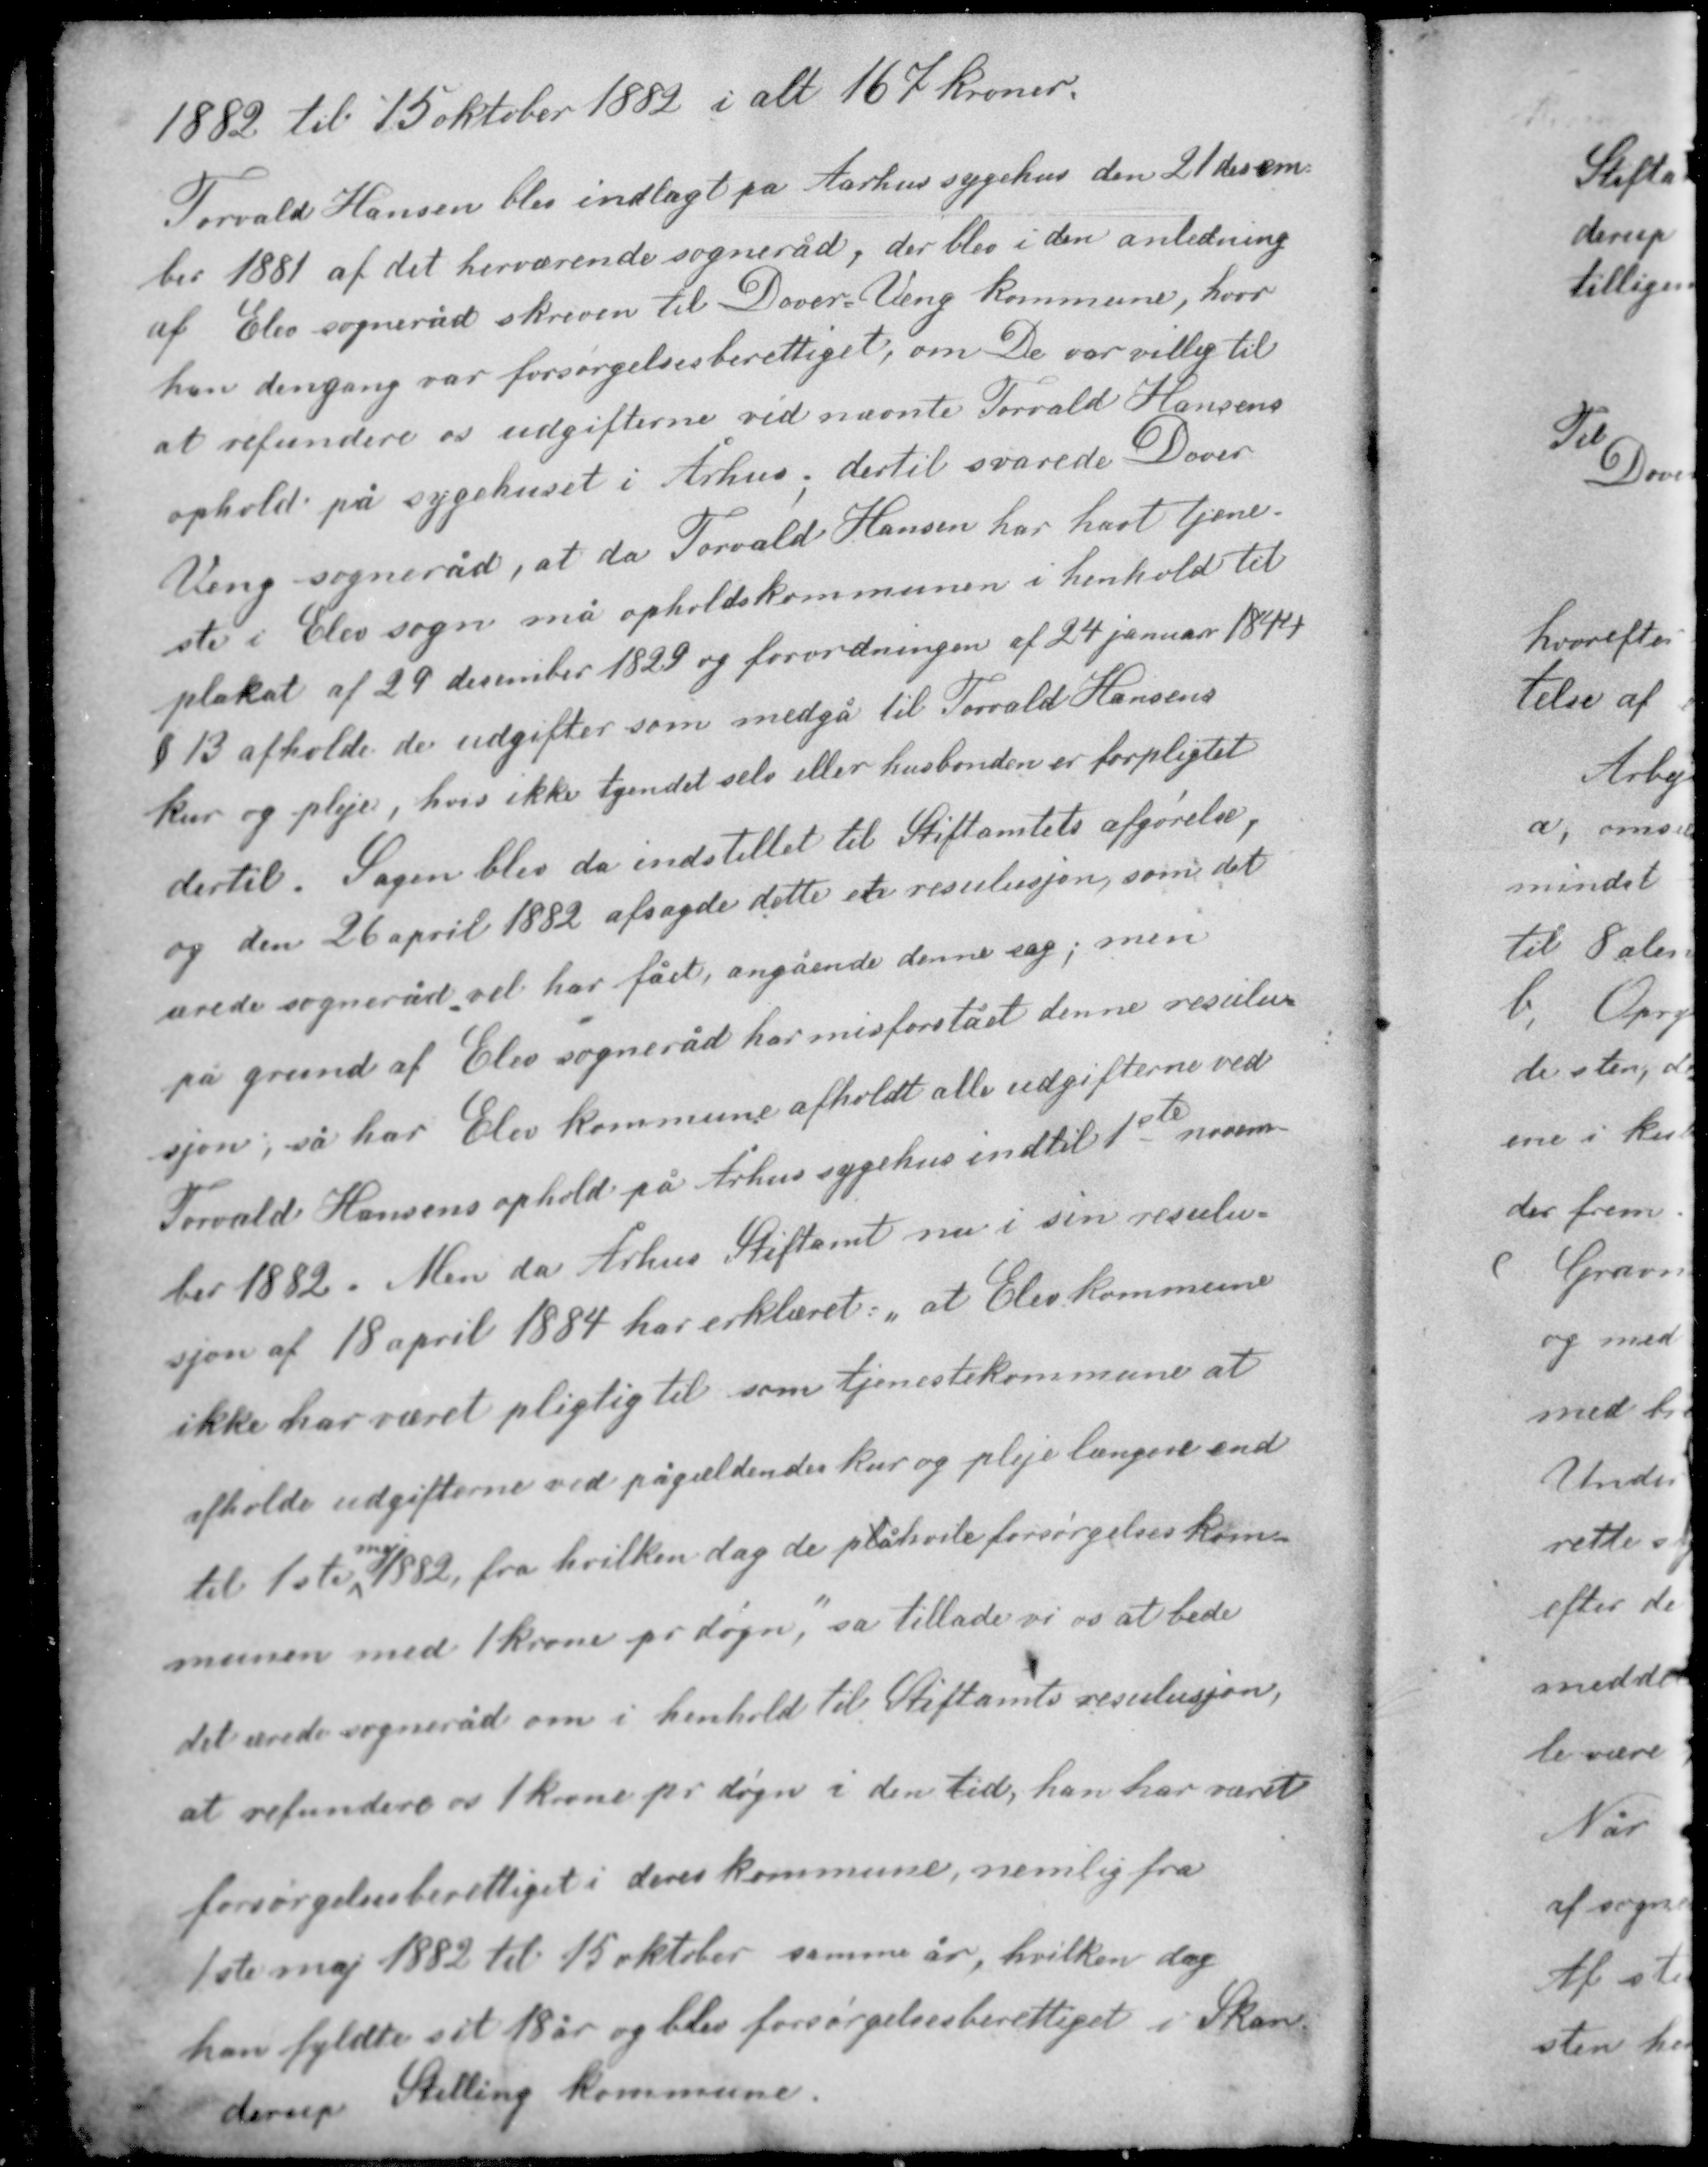
Transskription:
1882 til 15 oktober 1882 i alt 167 kroner.

Torvald Hansen blev indlagt på Aarhus sygehus den 21 decem-
ber 1881 af det herværende sogneråd, der blev i den anledning
af Elev sogneråd skreven til Dover-Veng kommune, hvor
han dengang var forsørgelsesberettiget, om De var villig til
at refundere os udgifterne ved nævnte Torvald Hansens
ophold på sygehuset i Århus, dertil svarede Dover-

Veng sogneråd, at da Torvald Hansen har havt tjene-
ste i Elev sogn må opholdskommunen i henhold til
plakat af 29 december 1829 og forordningen af 24 januar 1844
§ 13 afholde de udgifter som medgå til Torvald Hansens
kur og pleje, hvis ikke tyendet selv eller husbonden er forpligtet
dertil. Sagen blev da indstillet til Stiftamtets afgørelse,
og den 26 april 1882 afsagde dette et resulusjon, som det
ærede sogneråd vel har fået angående denne sag; men

på grund af Elev sogneråd har misforstået denne resulu-
sjon, så har Elev kommune afholdt alle udgifterne ved
Torvald Hansens ophold på Århus sygehus indtil 1ste novem-
ber 1882. Men da Århus Stiftamt nu i sin resulu-
sjon af 18 april 1884 har erklæret, "at Elev kommune
ikke har været pligtig til som tjenestekommune at
afholde udgifterne ved pågældendes kur og pleje længere end
til 1ste maj1882, fra hvilken dag de plåhvile forsørgelses kom.

munen med 1 krone pr døgn", så tillader vi os at bede
det ærede sogneråd om i henhold til Stiftamts resulusjon,
at refundere os 1 krone pr døgn i den tid, han har været
forsørgelsesberettiget i deres kommune, nemlig fra
1ste maj 1882 til 15 oktober samme år, hvilken dag
han fyldte sit 18 år og blev forsørgelsesberettiget i Skan-
derup Stilling kommune.